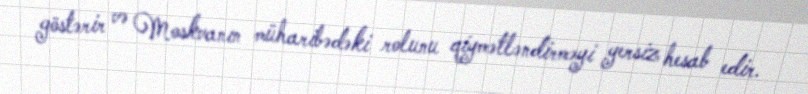
göstərir və Moskvanın müharibədəki rolunu qiymətləndirməyi yersiz hesab edir.